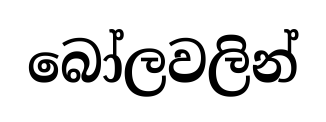
බෝලවලින්